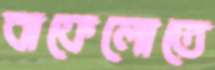
বাফেলোতে